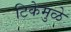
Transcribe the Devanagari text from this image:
टिकेमुळे